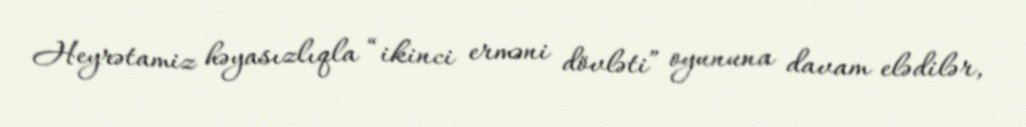
Heyrətamiz həyasızlıqla “ikinci erməni dövləti” oyununa davam elədilər,